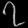
Digit: ၇